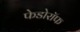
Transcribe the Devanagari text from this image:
फेडोरॉफ